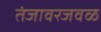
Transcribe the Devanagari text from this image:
तंजावरजवळ